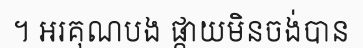
។ អរគុណបង ផ្កាយមិនចង់បាន